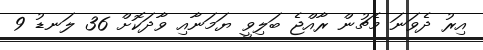
އިރު ދެވަނަ މެޗުން ރާއްޖެ ބަލިވީ ޔަމަނާއި ވާދަކޮށް 36 ލަނޑު 9